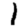
Digit: 1